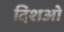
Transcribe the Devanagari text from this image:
दिशओ